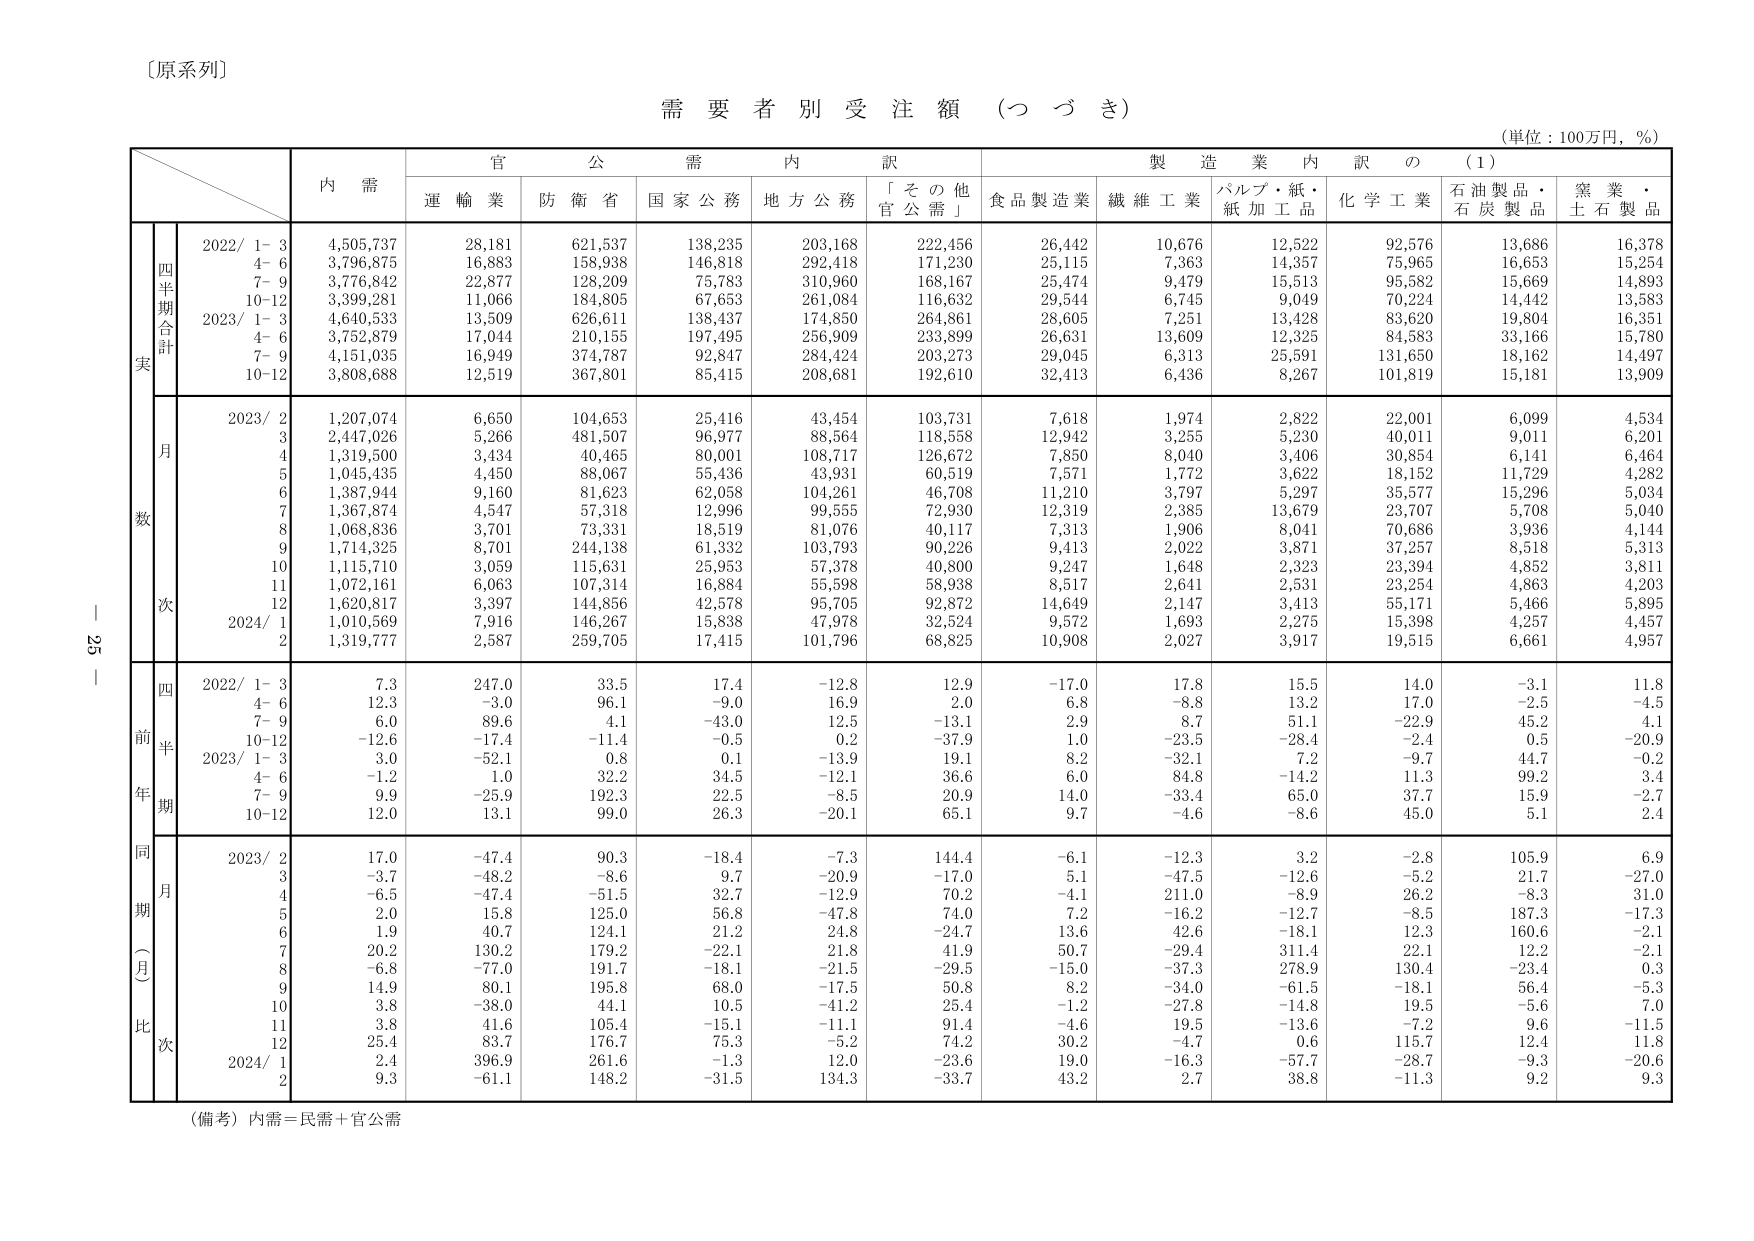
〔原系列〕

需要者別受注額（つづき）

（単位：100万円，％）

内 需
官 公 需 内 訳
製 造 業 内 訳 の （1）

運 輸 業
防 衛 省
国 家 公 務
地 方 公 務
「そ の 他
官 公 需」
食 品 製 造 業
繊 維 工 業
パルプ・紙・
紙 加 工 品
化 学 工 業
石 油 製 品・
石 炭 製 品
窯 業・
土 石 製 品

四
半
期
合
計
実
2022/ 1- 3
4,505,737
28,181
621,537
138,235
203,168
222,456
26,442
10,676
12,522
92,576
13,686
16,378
4- 6
3,796,875
16,883
158,938
146,818
292,418
171,230
25,115
7,363
14,357
75,965
16,653
15,254
7- 9
3,776,842
22,877
128,209
75,783
310,960
168,167
25,474
9,479
15,513
95,582
15,669
14,893
10-12
3,399,281
11,066
184,805
67,653
261,084
116,632
29,544
6,745
9,049
70,224
14,442
13,583
2023/ 1- 3
4,640,533
13,509
626,611
138,437
174,850
264,861
28,605
7,251
13,428
83,620
19,804
16,351
4- 6
3,752,879
17,044
210,155
197,495
256,909
233,899
26,631
13,609
12,325
84,583
33,166
15,780
7- 9
4,151,035
16,949
374,787
92,847
284,424
203,273
29,045
6,313
25,591
131,650
18,162
14,497
10-12
3,808,688
12,519
367,801
85,415
208,681
192,610
32,413
6,436
8,267
101,819
15,181
13,909

月
数
2023/ 2
1,207,074
6,650
104,653
25,416
43,454
103,731
7,618
1,974
2,822
22,001
6,099
4,534
3
2,447,026
5,266
481,507
96,977
88,564
118,558
12,942
3,255
5,230
40,011
9,011
6,201
4
1,319,500
3,434
40,465
80,001
108,717
126,672
7,850
8,040
3,406
30,854
6,141
6,464
5
1,045,435
4,450
88,067
55,436
43,931
60,519
7,571
1,772
3,622
18,152
11,729
4,282
6
1,387,944
9,160
81,623
62,058
104,261
46,708
11,210
3,797
5,297
35,577
15,296
5,034
7
1,367,874
4,547
57,318
12,996
99,555
72,930
12,319
2,385
13,679
23,707
5,708
5,040
8
1,068,836
3,701
73,331
18,519
81,076
40,117
7,313
1,906
8,041
70,686
3,936
4,144
9
1,714,325
8,701
244,138
61,332
103,793
90,226
9,413
2,022
3,871
37,257
8,518
5,313
10
1,115,710
3,059
115,631
25,953
57,378
40,800
9,247
1,648
2,323
23,394
4,852
3,811
11
1,072,161
6,063
107,314
16,884
55,598
58,938
8,517
2,641
2,531
23,254
4,863
4,203
12
1,620,817
3,397
144,856
42,578
95,705
92,872
14,649
2,147
3,413
55,171
5,466
5,895
2024/ 1
1,010,569
7,916
146,267
15,838
47,978
32,524
9,572
1,693
2,275
15,398
4,257
4,457
2
1,319,777
2,587
259,705
17,415
101,796
68,825
10,908
2,027
3,917
19,515
6,661
4,957

前
年
同
期
比
（
月
次
）
四
半
期
2022/ 1- 3
7.3
247.0
33.5
17.4
-12.8
12.9
-17.0
17.8
15.5
14.0
-3.1
11.8
4- 6
12.3
-3.0
96.1
-9.0
16.9
2.0
6.8
-8.8
13.2
17.0
-2.5
-4.5
7- 9
6.0
89.6
4.1
-43.0
12.5
-13.1
2.9
8.7
51.1
-22.9
45.2
4.1
10-12
-12.6
-17.4
-11.4
-0.5
0.2
-37.9
1.0
-23.5
-28.4
-2.4
0.5
-20.9
2023/ 1- 3
3.0
-52.1
0.8
0.1
-13.9
19.1
8.2
-32.1
7.2
-9.7
44.7
-0.2
4- 6
-1.2
1.0
32.2
34.5
-12.1
36.6
6.0
84.8
-14.2
11.3
99.2
3.4
7- 9
9.9
-25.9
192.3
22.5
-8.5
20.9
14.0
-33.4
65.0
37.7
15.9
-2.7
10-12
12.0
13.1
99.0
26.3
-20.1
65.1
9.7
-4.6
-8.6
45.0
5.1
2.4

同
期
（
月
比
次
）
2023/ 2
17.0
-47.4
90.3
-18.4
-7.3
144.4
-6.1
-12.3
3.2
-2.8
105.9
6.9
3
-3.7
-48.2
-8.6
9.7
-20.9
-17.0
5.1
-47.5
-12.6
-5.2
21.7
-27.0
4
-6.5
-47.4
-51.5
32.7
-12.9
70.2
-4.1
21.0
-8.9
26.2
-8.3
31.0
5
2.0
15.8
125.0
56.8
-47.8
74.0
7.2
-16.2
-12.7
-8.5
187.3
-17.3
6
1.9
40.7
124.1
21.2
24.8
-24.7
13.6
42.6
-18.1
12.3
160.6
-2.1
7
20.2
130.2
179.2
-22.1
21.8
41.9
50.7
-29.4
311.4
22.1
12.2
-2.1
8
-6.8
-77.0
191.7
-18.1
-21.5
-29.5
-15.0
-37.3
278.9
130.4
-23.4
0.3
9
14.9
80.1
195.8
68.0
-17.5
50.8
8.2
-34.0
-61.5
-18.1
56.4
-5.3
10
3.8
-38.0
44.1
10.5
-41.2
25.4
-1.2
-27.8
-14.8
19.5
-5.6
7.0
11
3.8
41.6
105.4
-15.1
-11.1
91.4
-4.6
19.5
-13.6
-7.2
9.6
-11.5
12
25.4
83.7
176.7
75.3
-5.2
74.2
30.2
-4.7
0.6
115.7
12.4
11.8
2024/ 1
2.4
396.9
261.6
-1.3
12.0
-23.6
19.0
-16.3
-57.7
-28.7
-9.3
-20.6
2
9.3
-61.1
148.2
-31.5
134.3
-33.7
43.2
2.7
38.8
-11.3
9.2
9.3

（備考）内需＝民需＋官公需